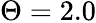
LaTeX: \Theta=2.0